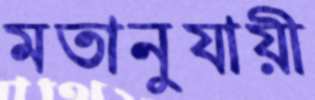
মতানুযায়ী